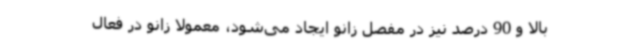
بالا و 90 درصد نیز در مفصل زانو ایجاد می‌شود، معمولا زانو در فعال